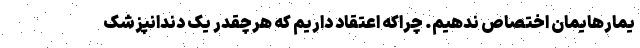
یمارهایمان اختصاص ندهیم. چراکه اعتقاد داریم که هرچقدر یک دندانپزشک